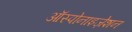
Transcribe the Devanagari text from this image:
ऑस्पोनाइज़ेशन